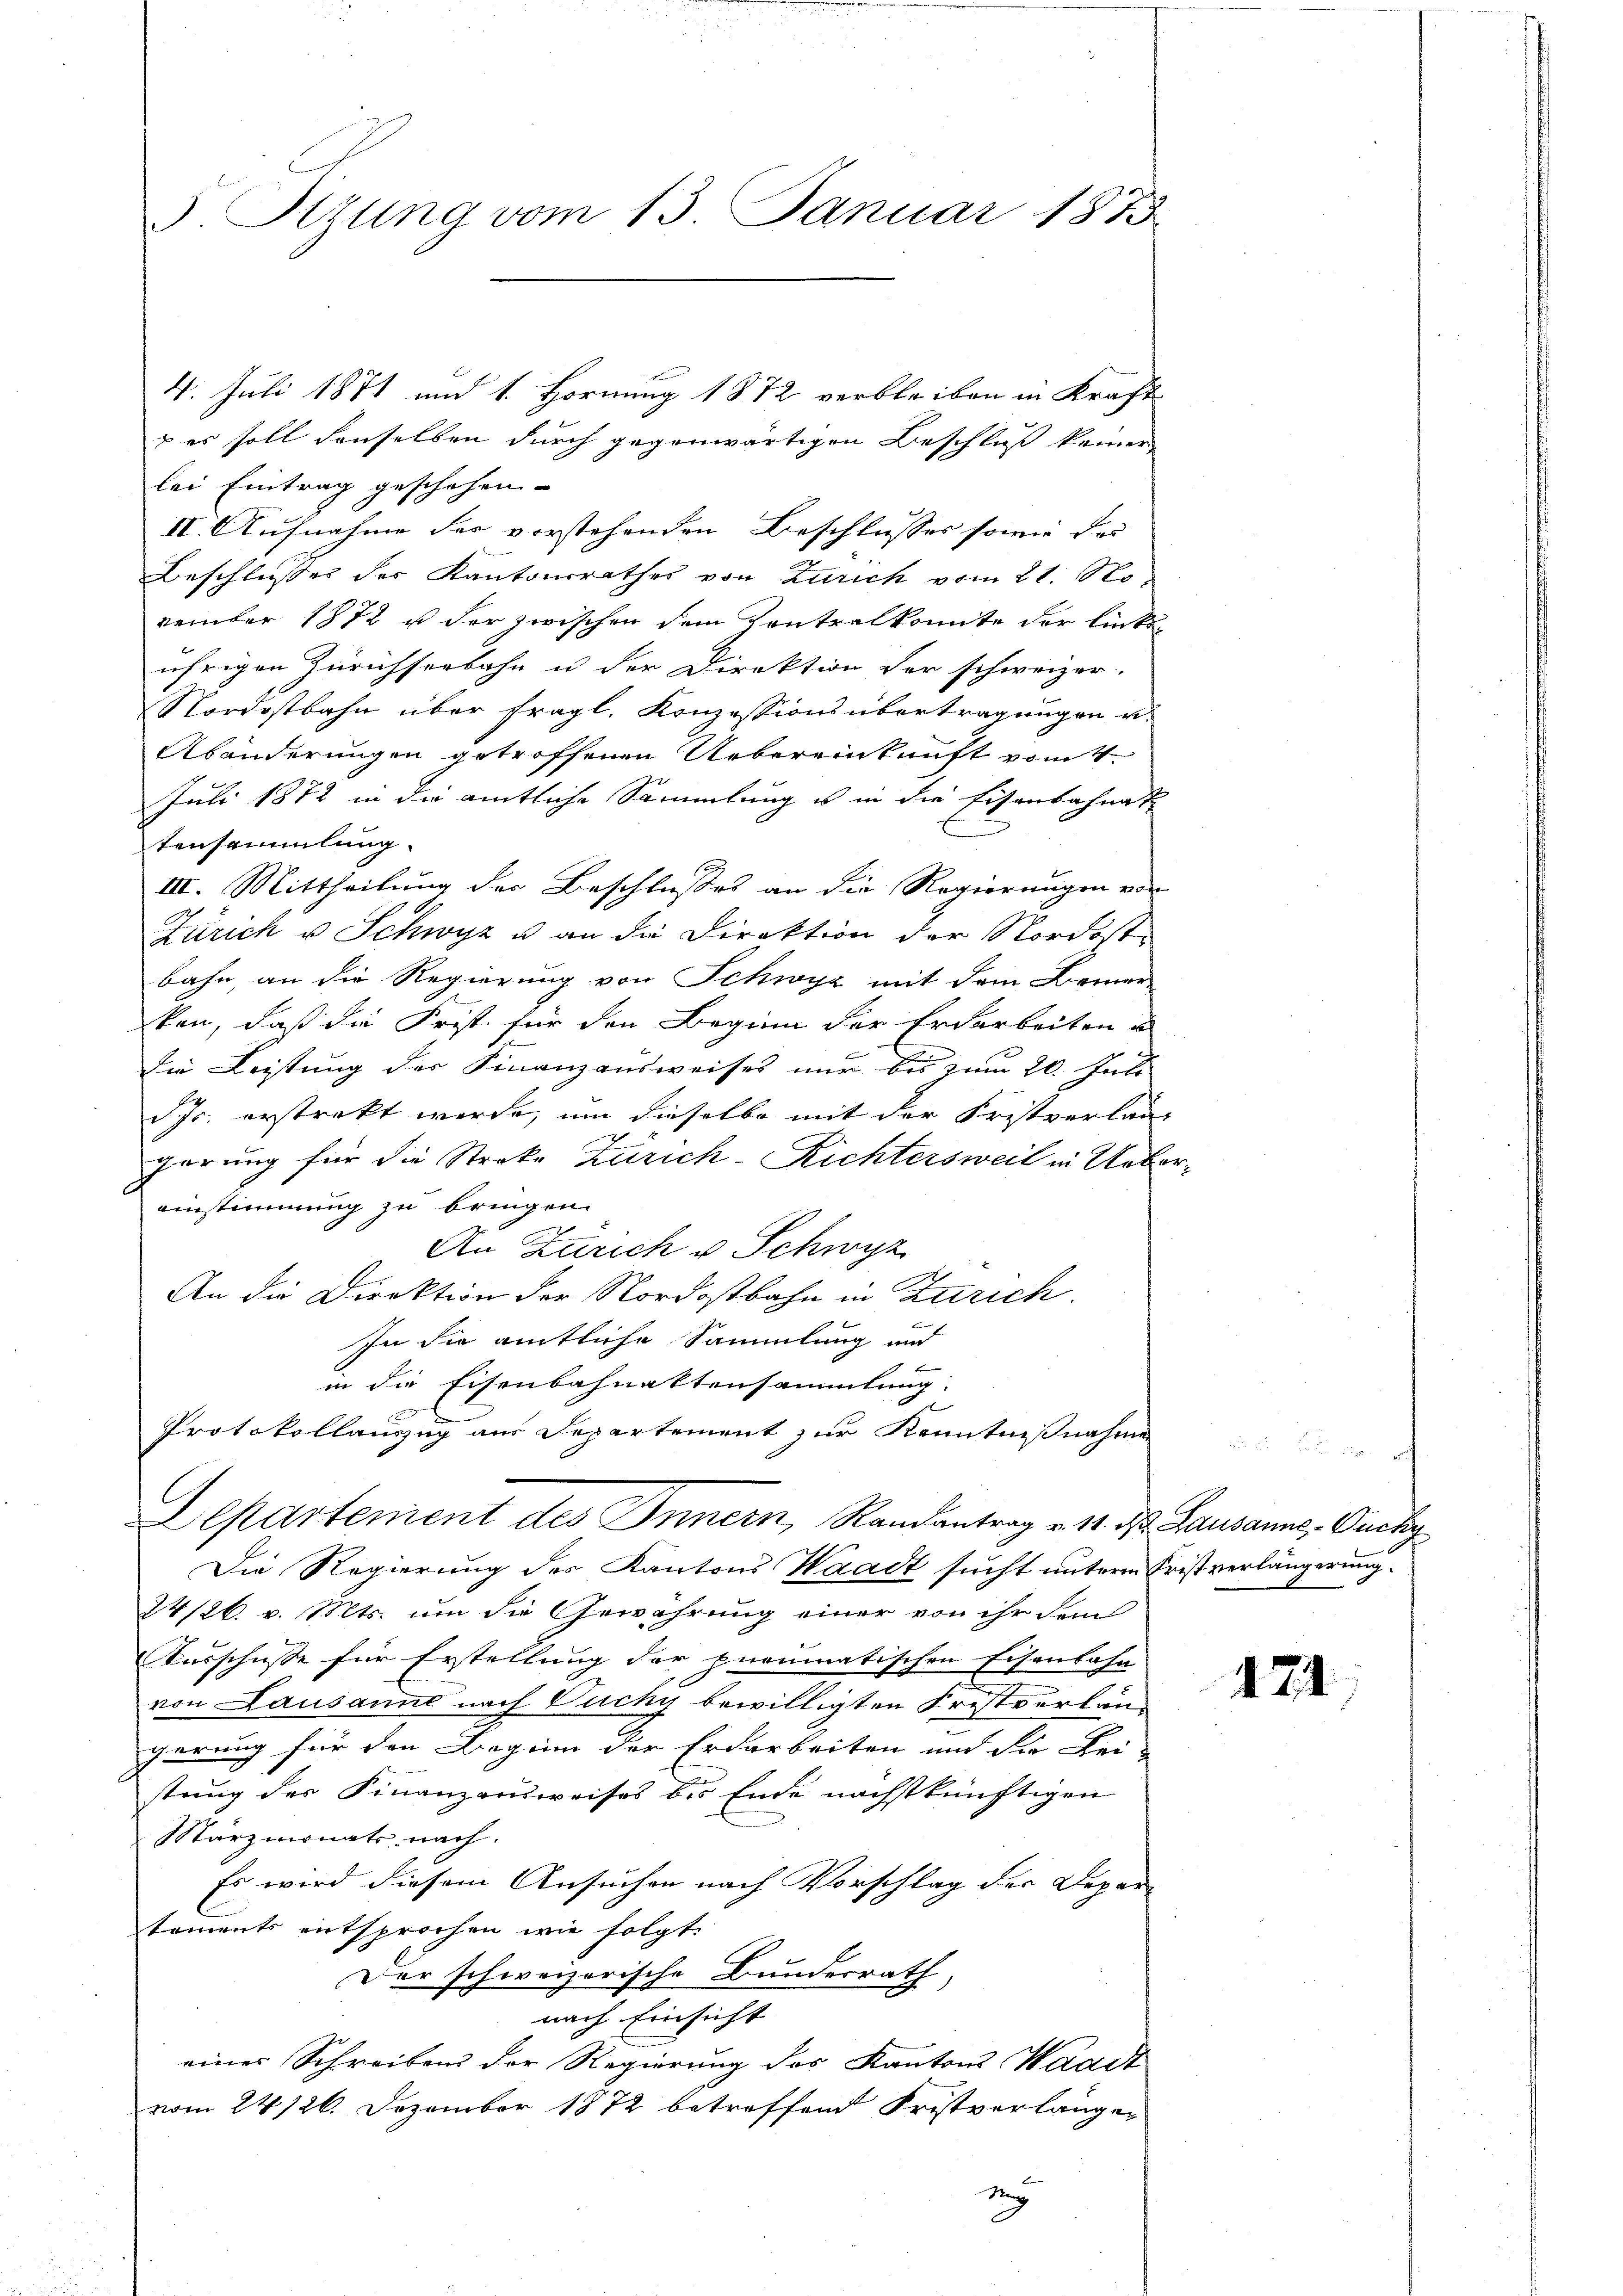
v. Szung vom 13. Januar 1873

4. Juli 1871 und 1. Hornung 1872 verbleiben in Kraft
 es soll denselben durch gegenwärtigen Beschluß keiner
lei Eintrag geschehen.
II. Aufnahme des verstehenden Beschlusses sowie das
Beschlusses der Kantonsrathes von Zürich vom 21. November 1872 u. der zwischen dem Kontralkonnte der linkeufrigen Zürichseebahn u der Direktion der schweizer-
Nordostbahn über fragl. Konzessions übertragungen u.
Abänderungen getroffenen Uebereinkunft vom 4.
Juli 1872 in die amtliche Sammlung es in die Eisenbahnat
tensammlung.
III. Mittheilung der Beschlusses an die Regierungen vor
Zürich u Schwyz u. an die Direktion der Nordostbahn, an die Regierung von Schwyz mit dem Bemerken, daß die Frist für den Beginn der Erdarbeiten u
die Leistung des Finanzausweises nur bis zum 20. Juli
JJr. erstrakt werde, um dieselbe mit der Fristverlan-
2
pörung für die Streke Zürich-Richtersweil in Uebereinstimmung zu bringen.
An Zürich v. Schwyz
An die Direktion der Nordostbahn in Zürich.
In die amtliche Sammlung und
t
1
in die Eisenbahnaktensammlung.
Protokollauszug aus Departement zur Kenntnißnahme
Departement des Innern, Randantrag v. 11. ds. Lausanne, Ouchy
Die Regierung des Kantons Waadt sucht unterm Frist verlängerung.
24/26. v. Mts. um die Gewährung einer von ihr dem
Ausschusse für Erstellung der pneumatischen Eisenbahn
von Lausanne nach Puchy bewilligten Fristverlängerung für den Beginn der Erdarbeiten und der Bei-
stung der Finanzausweises bis Ende nächstkünftigen
Märzmonats nach.
Es wird diesem Ansuchen nach Vorschlag der Depar-
toments entsprochen wie folgt.
Der schweizerische Bundesrath,
nach Einsicht
eines Schreibens der Regierung des Kantons Wadit
vom 24. 126. Dezember 1872 betreffend Fristverlänger
seÿ

x

124